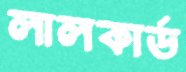
লালকার্ড